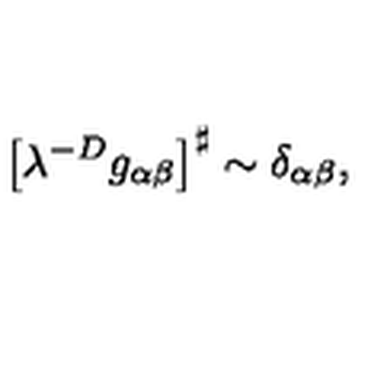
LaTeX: \left[ \lambda ^ { - D } g _ { \alpha \beta } \right] ^ { \sharp } \sim \delta _ { \alpha \beta } ,